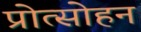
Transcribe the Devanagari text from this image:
प्रोत्साेहन